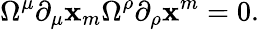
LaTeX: \Omega^{\mu}\partial_{\mu}\mathbf{x}_{m}\Omega^{\rho}\partial_{\rho}\mathbf{x}^{m}=0.